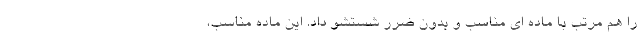
را هم مرتب با ماده ای مناسب و بدون ضرر شستشو داد. این ماده مناسب،